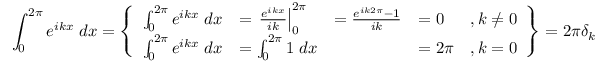
\int _ { 0 } ^ { 2 \pi } e ^ { i k x } \; d x = \left\{ \begin{array} { r l r l r } { \int _ { 0 } ^ { 2 \pi } e ^ { i k x } \; d x } & { = \left. \frac { e ^ { i k x } } { i k } \right| _ { 0 } ^ { 2 \pi } } & { = \frac { e ^ { i k 2 \pi } - 1 } { i k } } & { = 0 } & { , k \neq 0 } \\ { \int _ { 0 } ^ { 2 \pi } e ^ { i k x } \; d x } & { = \int _ { 0 } ^ { 2 \pi } 1 \; d x } & & { = 2 \pi } & { , k = 0 } \end{array} \right\} = 2 \pi \delta _ { k }